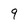
Character: 9